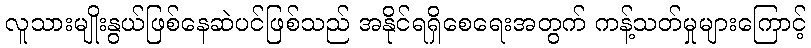
လူသားမျိုးနွယ်ဖြစ်နေဆဲပင်ဖြစ်သည် အနိုင်ရရှိစေရေးအတွက် ကန့်သတ်မှုများကြောင့်